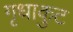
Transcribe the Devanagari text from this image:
गृधाकुट